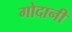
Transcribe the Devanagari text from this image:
गोदानी